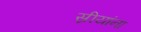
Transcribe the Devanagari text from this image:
स्रीयांना